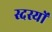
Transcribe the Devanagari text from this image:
स्दस्यों